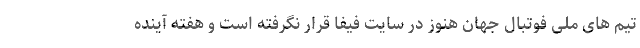
تیم های ملی فوتبال جهان هنوز در سایت فیفا قرار نگرفته است و هفته آینده